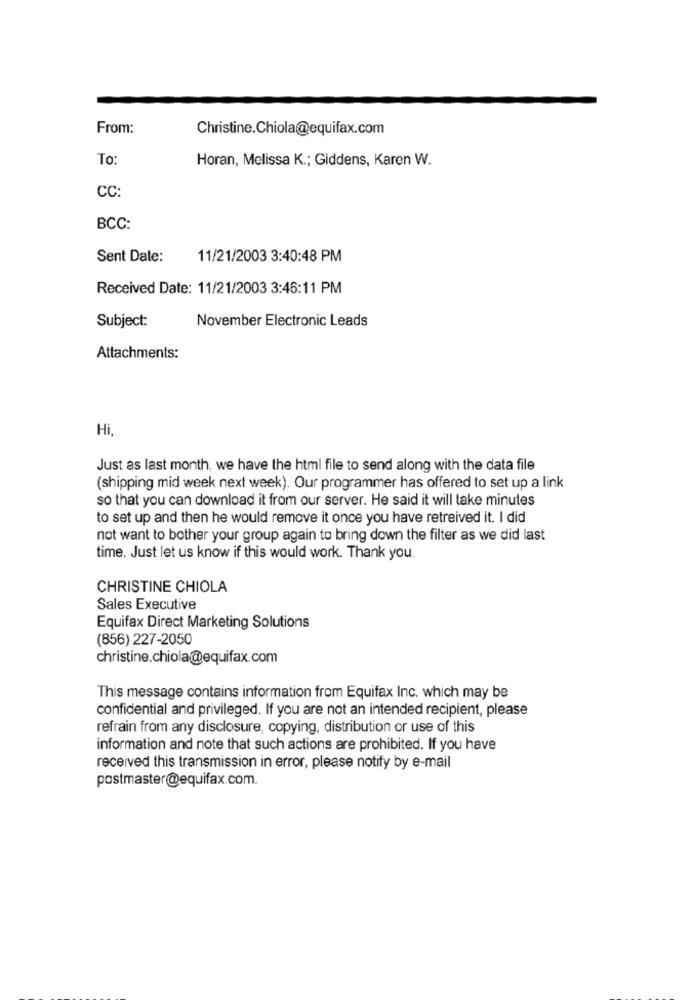
From:
Christine.Chiola@equifax.com
To:
Horan, Melissa K .; Giddens, Karen W.
CC:
BCC:
Sent Date:
11/21/2003 3:40:48 PM
Received Date: 11/21/2003 3:46:11 PM
Subject:
November Electronic Leads
Attachments:
Hi
Just as last month, we have the html file to send along with the data file
(shipping mid week next week). Our programmer has offered to set up a link
so that you can download it from our server. He said it will take minutes
to set up and then he would remove it once you have retreived it. I did
not want to bother your group again to bring down the filter as we did last
time. Just let us know if this would work. Thank you.
CHRISTINE CHIOLA
Sales Executive
Equifax Direct Marketing Solutions
(856) 227-2050
christine.chiola@equifax.com
This message contains information from Equifax Inc. which may be
confidential and privileged. If you are not an intended recipient, please
refrain from any disclosure, copying, distribution or use of this
information and note that such actions are prohibited. If you have
received this transmission in error, please notify by e-mail
postmaster@equifax.com.